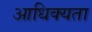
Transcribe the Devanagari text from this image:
आधिक्यता